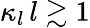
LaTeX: \kappa_{l}\, l\gtrsim 1